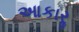
આકારૢ